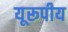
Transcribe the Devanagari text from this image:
यूरूपीय